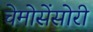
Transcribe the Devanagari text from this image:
चेमोसेंसोरी